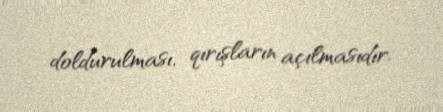
doldurulması, qırışların açılmasıdır.